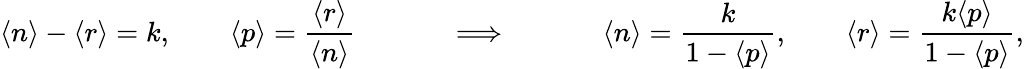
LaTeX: \langle{\mathcal{n}}\rangle-\langle r\rangle=k,\quad\quad\langle p\rangle={\frac{\langle r\rangle}{\langle{\mathcal{n}}\rangle}}\quad\quad\quad\implies\quad\quad\quad\langle{\mathcal{n}}\rangle={\frac{k}{1-\langle p\rangle}},\quad\quad\langle{r}\rangle={\frac{k\langle p\rangle}{1-\langle p\rangle}},